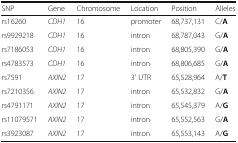
<table><thead><tr><td><b>SNP</b></td><td><b>Gene</b></td><td><b>Chromosome</b></td><td><b>Location</b></td><td><b>Position</b></td><td><b>Alleles</b></td></tr></thead><tbody><tr><td>rs16260</td><td><i>CDH1</i></td><td>16</td><td>promoter</td><td>68,737,131</td><td>C/<b>A</b></td></tr><tr><td>rs9929218</td><td><i>CDH1</i></td><td>16</td><td>intron</td><td>68,787,043</td><td>G/<b>A</b></td></tr><tr><td>rs7186053</td><td><i>CDH1</i></td><td>16</td><td>intron</td><td>68,805,390</td><td>G/<b>A</b></td></tr><tr><td>rs4783573</td><td><i>CDH1</i></td><td>16</td><td>intron</td><td>68,806,685</td><td>G/<b>A</b></td></tr><tr><td>rs7591</td><td><i>AXIN2</i></td><td>17</td><td>3’ UTR</td><td>65,528,964</td><td>A/<b>T</b></td></tr><tr><td>rs7210356</td><td><i>AXIN2</i></td><td>17</td><td>intron</td><td>65,532,832</td><td>G/<b>A</b></td></tr><tr><td>rs4791171</td><td><i>AXIN2</i></td><td>17</td><td>intron</td><td>65,545,379</td><td>A/<b>G</b></td></tr><tr><td>rs11079571</td><td><i>AXIN2</i></td><td>17</td><td>intron</td><td>65,552,563</td><td>G/<b>A</b></td></tr><tr><td>rs3923087</td><td><i>AXIN2</i></td><td>17</td><td>intron</td><td>65,553,143</td><td>A/<b>G</b></td></tr></tbody></table>